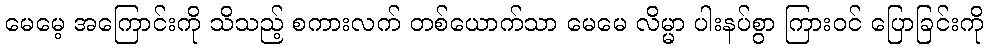
မေမေ့ အကြောင်းကို သိသည့် စကားလက် တစ်ယောက်သာ မေမေ လိမ္မာ ပါးနပ်စွာ ကြားဝင် ပြောခြင်းကို